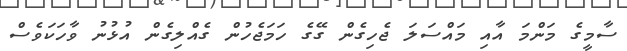
ސާމީގެ މަންމަ އާއި މައްސަލަ ޖެހިގެން ގޭގެ ހަމަޖެހުން ގެއްލިގެން އުޅުނު ވާހަކަވެސް